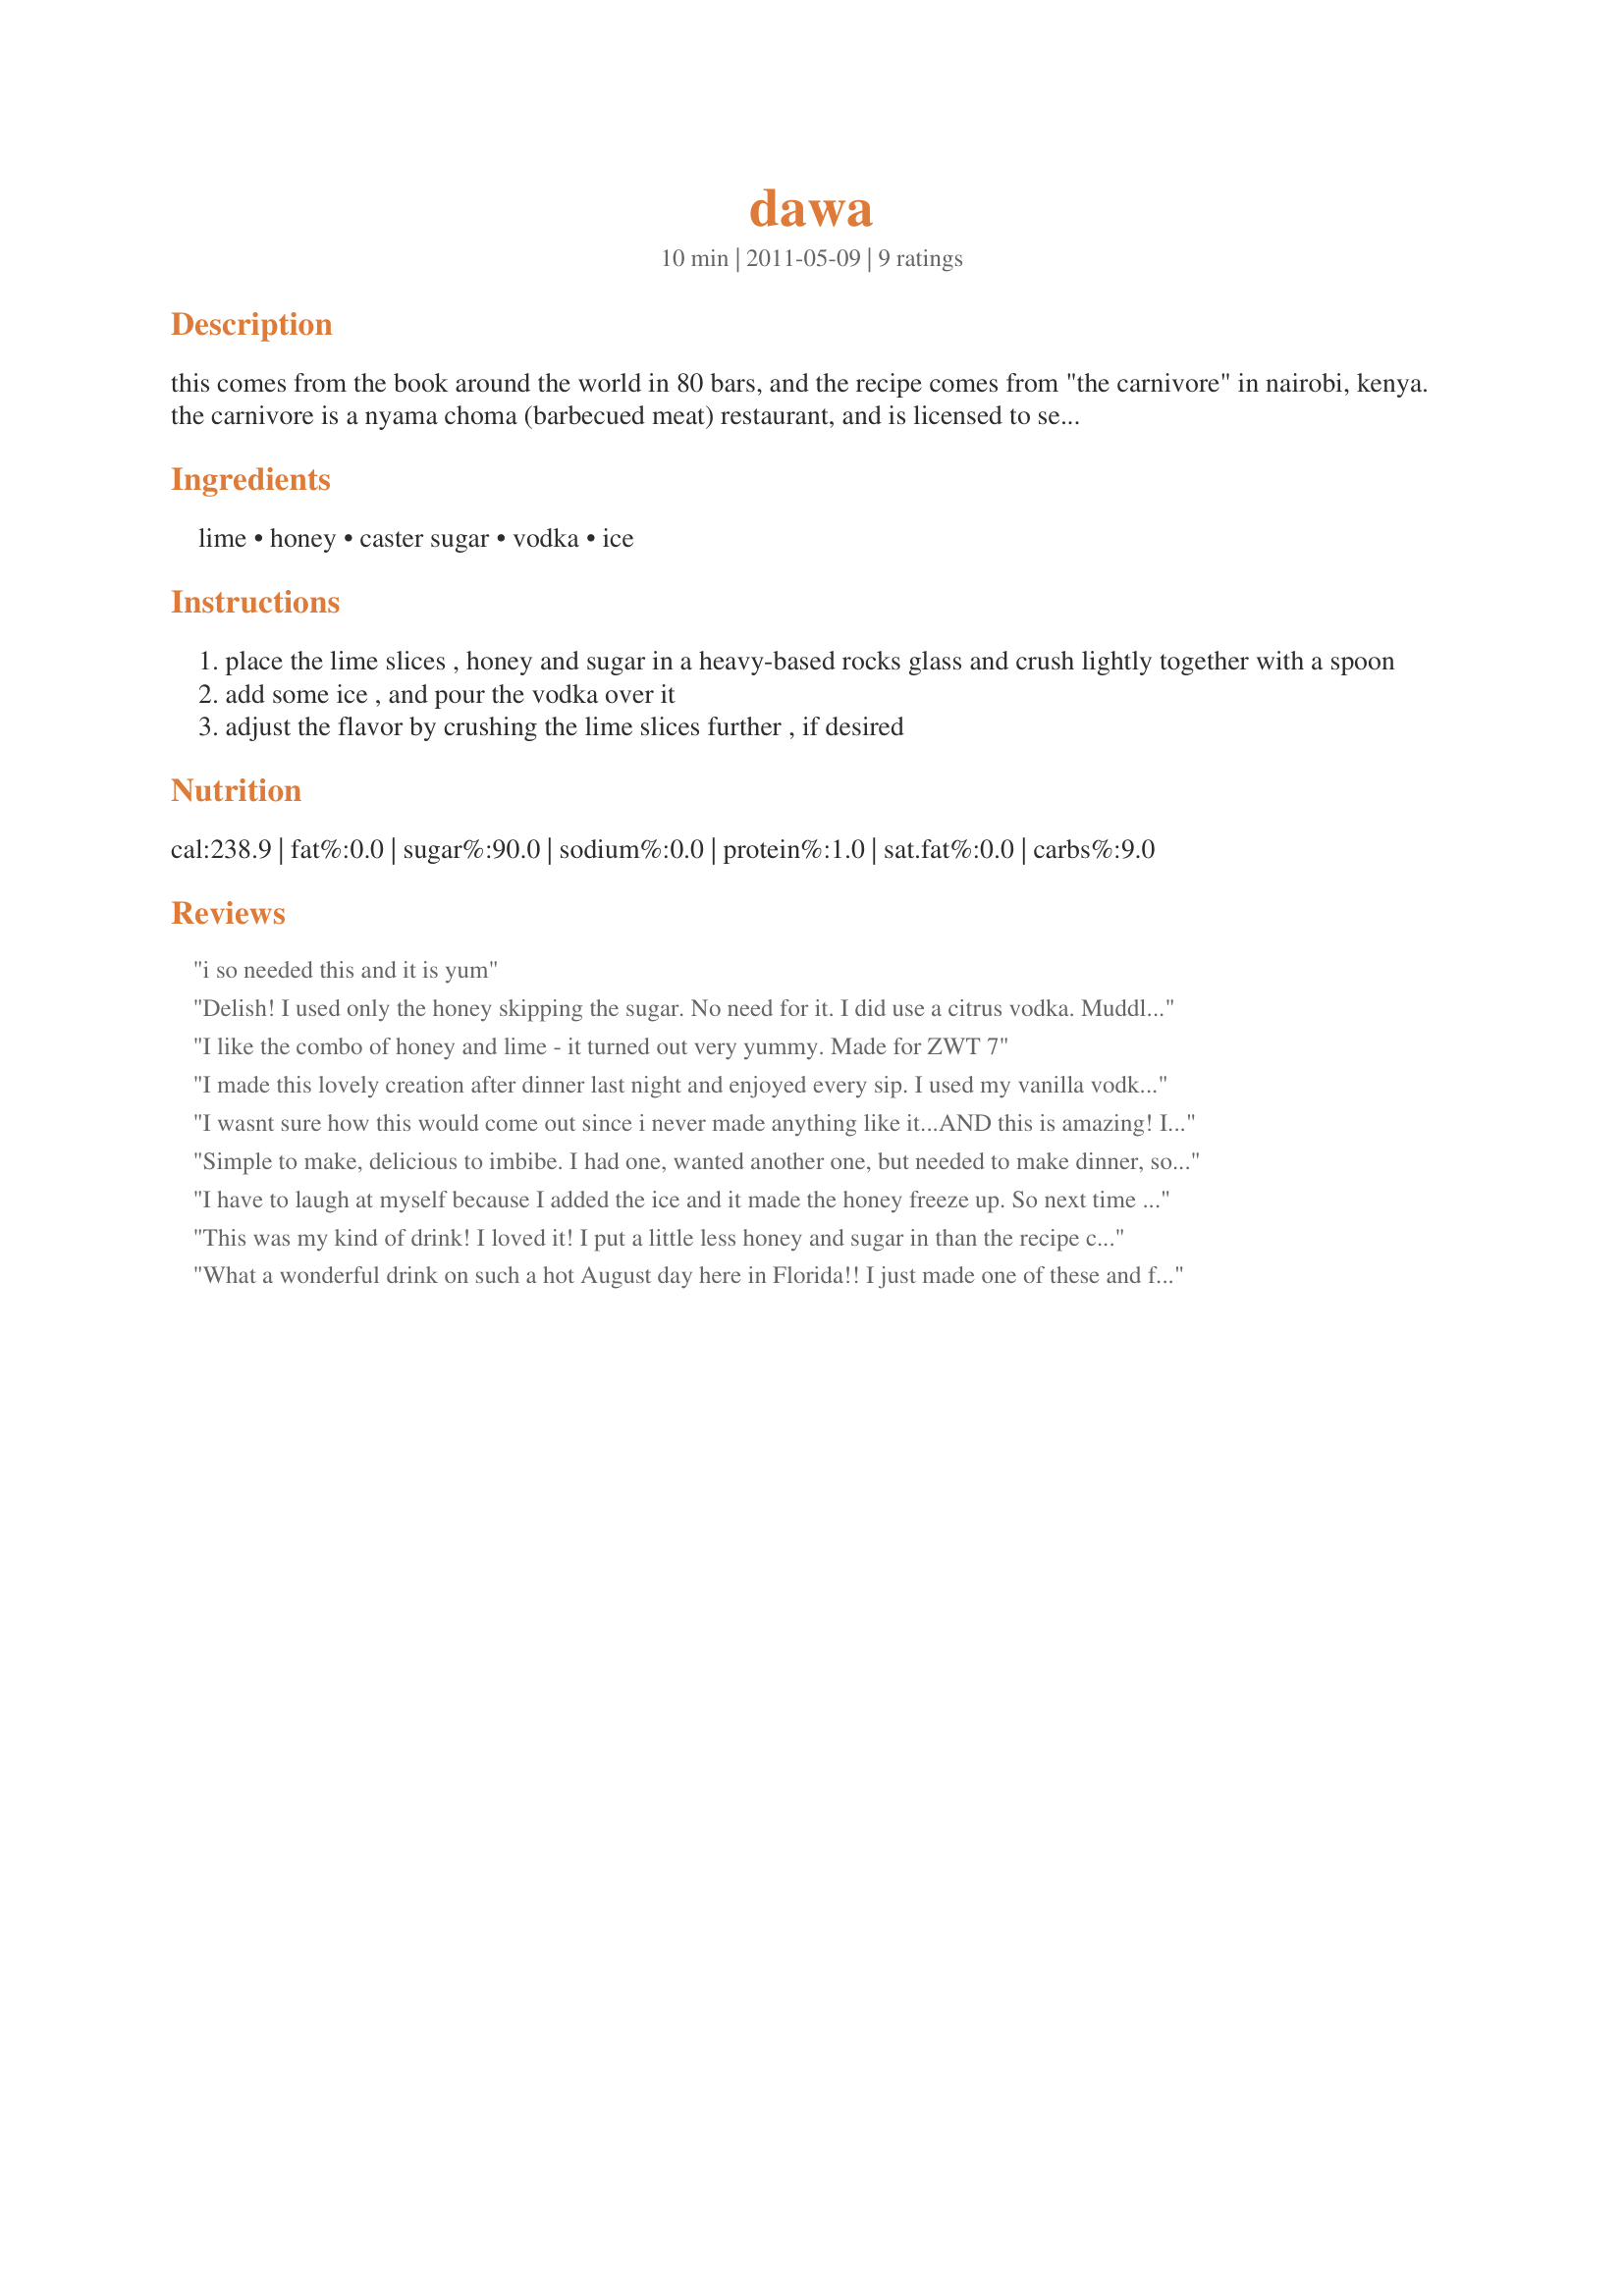
dawa
Preparation time: 10 minutes

this comes from the book around the world in 80 bars, and the recipe comes from "the carnivore" in nairobi, kenya. the carnivore is a nyama choma (barbecued meat) restaurant, and is licensed to serve gazelle, giraffe, and zebra. in swahali, dawa means "somewhere between a medicine and a magic potion'. traditionally, this drink is served with a small wooden masher so that you can release more lime juice and adjust the flavor of your dawa to suit your liking. this is a pretty strong tasting drink, so i generally release more lime juice!!

Ingredients:
lime, honey, caster sugar, vodka, ice

Steps:
place the lime slices , honey and sugar in a heavy-based rocks glass and crush lightly together with a spoon
add some ice , and pour the vodka over it
adjust the flavor by crushing the lime slices further , if desired

Reviews:
i so needed this and it is yum
Delish! I used only the honey skipping the sugar. No need for it. I did use a citrus vodka. Muddled the lime that I cut into 8`s with the honey then placed in a shaker with the vodka and ice cubes. Shook till hands very very cold. Makes a lovely drink! Made for ZWT 2011 Thanks!
I like the combo of honey and lime - it turned out very yummy. Made for ZWT 7
I made this lovely creation after dinner last night and enjoyed every sip. I used my vanilla vodka and just followed the directions. No way you could go wrong here, it&#039;s refreshing and delicious.
I wasnt sure how this would come out since i never made anything like it...AND this is amazing! It is a very refreshing and delicious cocktail. I love it! I will make again. Made for ZWT7
Simple to make, delicious to imbibe. I had one, wanted another one, but needed to make dinner, so I made the second one lighter by topping it off with some lime-flavored seltzer - also very good and refreshing.
I have to laugh at myself because I added the ice and it made the honey freeze up. So next time (right after the first one) I made one and stirred everything together before adding the ice. Skipped the sugar (didn't need it). Great refreshing drink. Made for ZWT7
This was my kind of drink! I loved it! I put a little less honey and sugar in than the recipe called for, but only slightly. I will have this again! Made for ZWT7 - AFRICA.
What a wonderful drink on such a hot August day here in Florida!! I just made one of these and followed it as written. Very easy with ingredients I always have on hand. I followed the advice of mary winecoff and didn&#039;t add the honey until the end, lol, worked perfectly!! Thanks for sharing the recipe. Made for WTTM tag game!!
